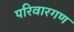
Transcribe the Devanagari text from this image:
परिवारगण